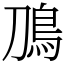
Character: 鳭